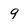
Character: 9